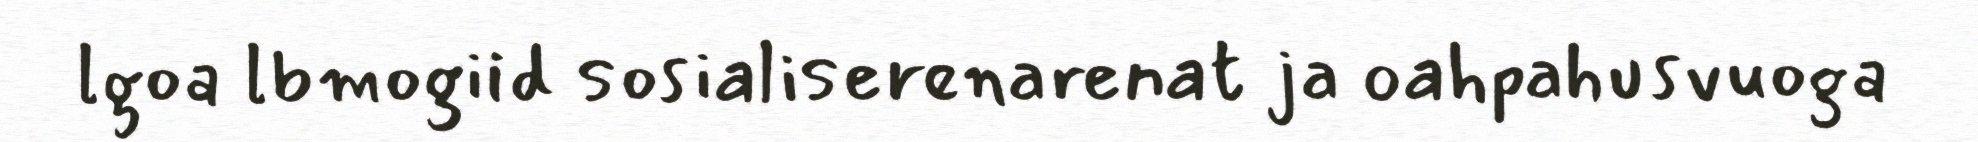
lgoa lbmogiid sosialiserenarenat ja oahpahusvuoga